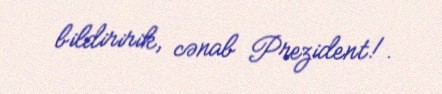
bildiririk, cənab Prezident!.